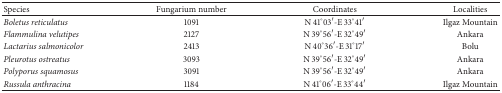
<table><thead><tr><td><b>Species</b></td><td><b>Fungarium number</b></td><td><b>Coordinates</b></td><td><b>Localities</b></td></tr></thead><tbody><tr><td><i>Boletus reticulatus </i></td><td>1091</td><td>N 41°03′-E 33°41′</td><td>Ilgaz Mountain</td></tr><tr><td><i>Flammulina velutipes </i></td><td>2127</td><td>N 39°56′-E 32°49′</td><td>Ankara</td></tr><tr><td><i>Lactarius salmonicolor </i></td><td>2413</td><td>N 40°36′-E 31°17′</td><td>Bolu</td></tr><tr><td><i>Pleurotus ostreatus </i></td><td>3093</td><td>N 39°56′-E 32°49′</td><td>Ankara</td></tr><tr><td><i>Polyporus squamosus </i></td><td>3091</td><td>N 39<sup>0</sup>56′-E 32°49′</td><td>Ankara</td></tr><tr><td><i>Russula anthracina </i></td><td>1184</td><td>N 41°06′-E 33°44′</td><td>Ilgaz Mountain</td></tr></tbody></table>